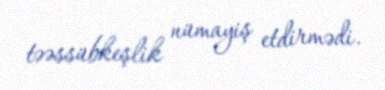
təəssübkeşlik nümayiş etdirmədi.